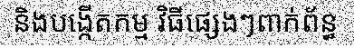
និងបង្កើតកម្ម វិធីផ្សេងៗពាក់ព័ន្ធ